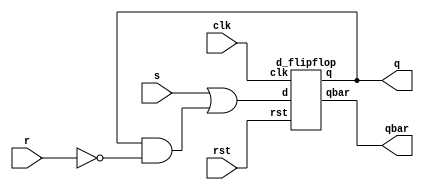
`timescale 1ns / 1ps
//////////////////////////////////////////////////////////////////////////////////
// Company: 
// Engineer: 
// 
// Design Name: 
// Module Name: srusingdflipflop
// Project Name: 
// Target Devices: 
// Tool Versions: 
// Description: 
// 
// Dependencies: 
// 
// Revision:
// Revision 0.01 - File Created
// Additional Comments:
// 
//////////////////////////////////////////////////////////////////////////////////


module srusingdflipflop(
    input s,r,clk,rst,
    output q,qbar
    );
    assign d=s |(q &(~r));
    d_flipflop a1(d,clk,rst,q,qbar);
endmodule
module d_flipflop(
input d,clk,rst,
output reg q,qbar);
always@(posedge clk)
begin
if(rst)
begin
q=0;
qbar=1;
end
else
begin
q=d;
qbar=~q; 
end
end
endmodule